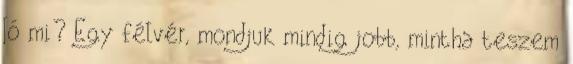
Jó mi? Egy félvér, mondjuk mindig jobb, mintha teszem